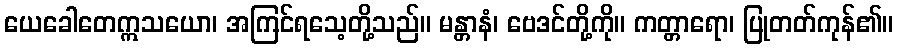
ယေခေါတေဣသယော၊ အကြင်ရသေ့တို့သည်။ မန္တာနံ၊ ဗေဒင်တို့ကို။ ကတ္တာရော၊ ပြုတတ်ကုန်၏။